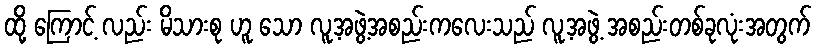
ထို့ ကြောင့် လည်း မိသားစု ဟူ သော လူ့အဖွဲ့အစည်းကလေးသည် လူ့အဖွဲ့ အစည်းတစ်ခုလုံးအတွက်